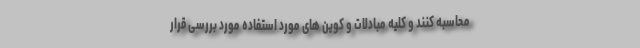
محاسبه کنند و کلیه مبادلات و کوین های مورد استفاده مورد بررسی قرار